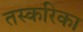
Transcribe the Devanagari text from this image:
तस्करिका